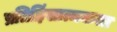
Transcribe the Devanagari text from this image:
प्रतिहिंसात्मकता